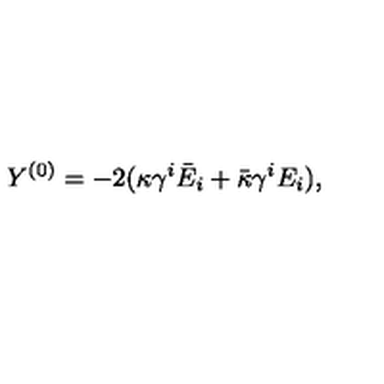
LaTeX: Y ^ { ( 0 ) } = - 2 ( \kappa \gamma ^ { i } \bar { E } _ { i } + \bar { \kappa } \gamma ^ { i } E _ { i } ) ,